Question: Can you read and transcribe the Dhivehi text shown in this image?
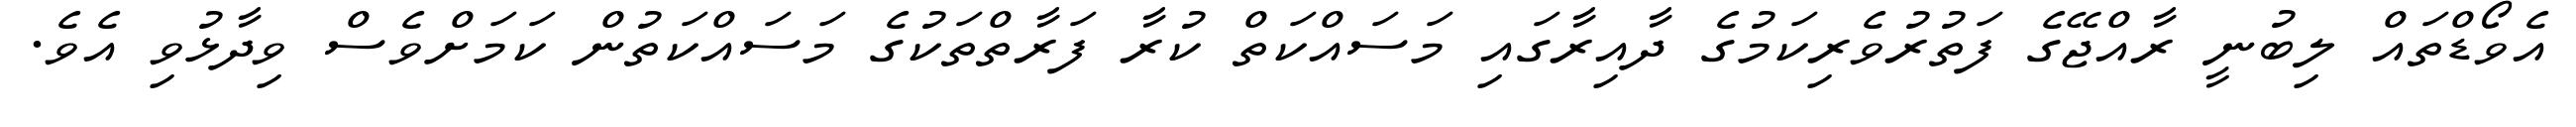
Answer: އެވޯޑްތައް ލިބުނީ ރާއްޖޭގެ ފަތުރުވެރިކަމުގެ ދާއިރާގައި މަސައްކަތް ކުރާ ފަރާތްތަކުގެ މަސައްކަތުން ކަމަށްވެސް ވިދާޅުވި އެވެ.